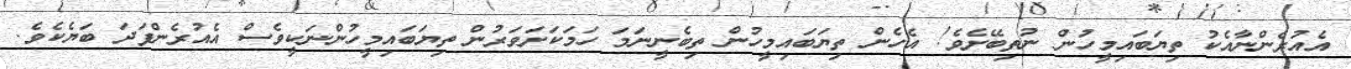
އެއުރެންނާއެކު ތިޔަބައިމީހުން ނުތިބޭށެވެ! އެހެން ތިޔަބައިމީހުން ތިބެނީނަމަ ހަމަކަށަވަރުން ތިޔަބައިމީހުންނަކީވެސް އެއުރެންފަދަ ބަޔެކެވެ.